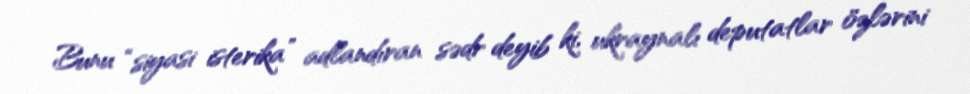
Bunu “siyasi isterika” adlandıran sədr deyib ki, ukraynalı deputatlar özlərini